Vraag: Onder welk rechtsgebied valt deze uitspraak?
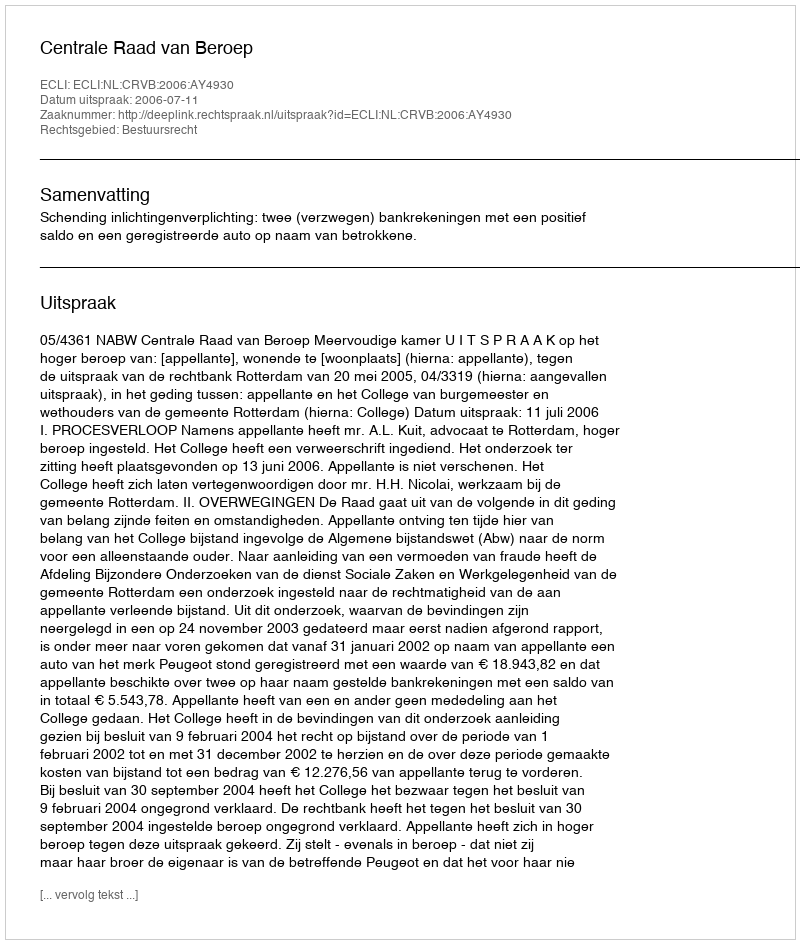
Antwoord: Bestuursrecht